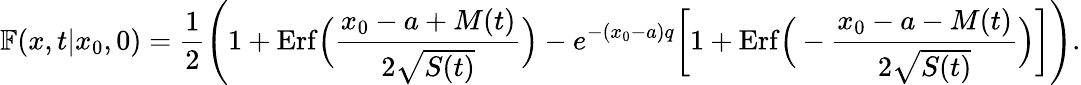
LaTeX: \mathbb{F}(x,t|x_{0},0)=\frac{1}{2}\Bigg(1+\mathrm{Erf}\Big(\frac{x_{0}-a+M(t)}{2\sqrt{S(t)}}\Big)-e^{-(x_{0}-a)q}\bigg[1+\mathrm{Erf}\Big(-\frac{x_{0}-a-M(t)}{2\sqrt{S(t)}}\Big)\bigg]\Bigg).